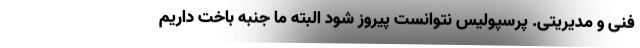
فنی و مدیریتی. پرسپولیس نتوانست پیروز شود البته ما جنبه باخت داریم